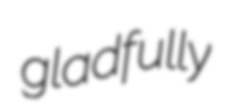
gladfully